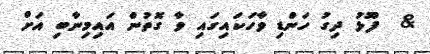
&  ފޫޅު ދިގު ހަންޑި ވާހަކައިގައި ވާ ގޮތުން އައިމިނާބި އަށް